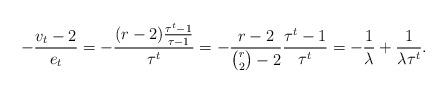
LaTeX: \begin{align*} -\frac{v_t-2}{e_t} = -\frac{(r-2) \frac{\tau^t-1}{\tau-1}}{\tau^t} = -\frac{r-2}{\binom{r}{2}-2} \frac{\tau^t-1}{\tau^t} = - \frac{1}{\lambda} + \frac{1}{\lambda \tau^t}.\end{align*}